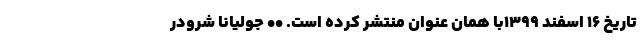
تاریخ ۱۶ اسفند ۱۳۹۹با همان عنوان منتشر کرده است. •• جولیانا شرودر